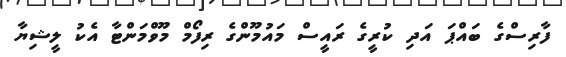
ފާރިސްގެ ބައްޕަ އަދި ކުރީގެ ރައީސް މައުމޫންގެ ރިފޯމް މޫވްމަންޓާ އެކު ލީޝިޔާ